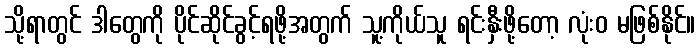
သို့ရာတွင် ဒါတွေကို ပိုင်ဆိုင်ခွင့်ရဖို့အတွက် သူ့ကိုယ်သူ ရင်းနှီးဖို့တော့ လုံးဝ မဖြစ်နိုင်။